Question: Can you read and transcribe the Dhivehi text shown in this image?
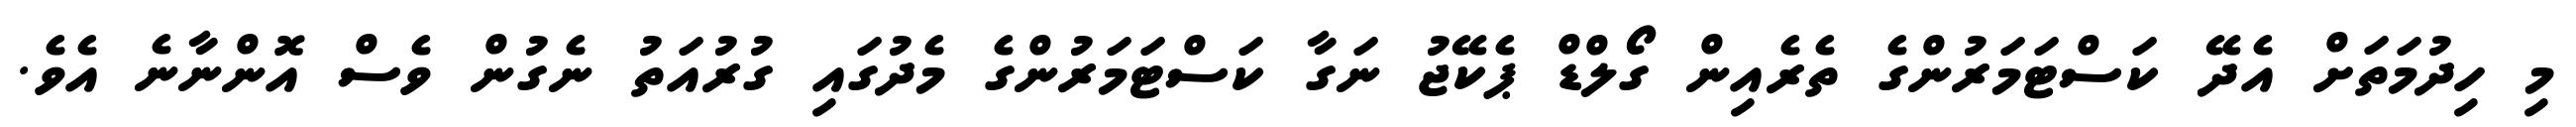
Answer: މި ހިދުމަތަށް އެދޭ ކަސްޓަމަރުންގެ ތެރެއިން ގޯލްޑް ޕެކޭޖު ނަގާ ކަސްޓަމަރުންގެ މެދުގައި ގުރުއަތު ނެގުން ވެސް އޮންނާނެ އެވެ.